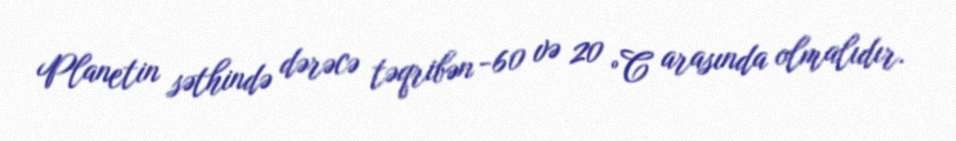
Planetin səthində dərəcə təqribən -60 və 20 °C arasında olmalıdır.